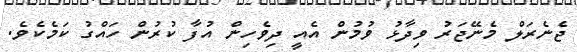
ޖެނެރަލް މެނޭޖަރު ވިދާޅު ވުމުން އެއީ ދިވެހިން އުފާ ކުރުން ހައްގު ކަމެކެވެ.